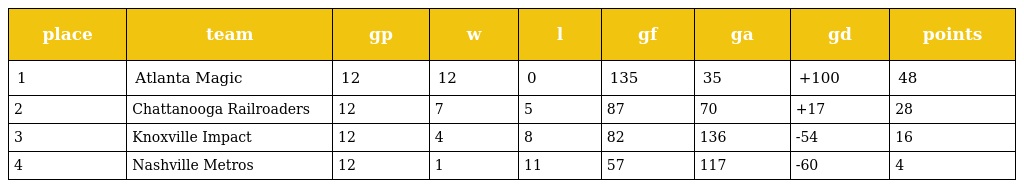
| place | team | gp | w | l | gf | ga | gd | points |
 | --- | --- | --- | --- | --- | --- | --- | --- | --- |
 | 1 | Atlanta Magic | 12 | 12 | 0 | 135 | 35 | +100 | 48 |
 | 2 | Chattanooga Railroaders | 12 | 7 | 5 | 87 | 70 | +17 | 28 |
 | 3 | Knoxville Impact | 12 | 4 | 8 | 82 | 136 | -54 | 16 |
 | 4 | Nashville Metros | 12 | 1 | 11 | 57 | 117 | -60 | 4 |